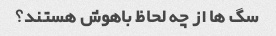
سگ ها از چه لحاظ باهوش هستند؟